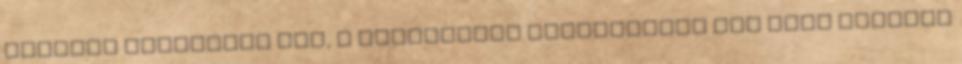
haladni kénytelen tűz, a kiragadott pillanatban még esés nélküli